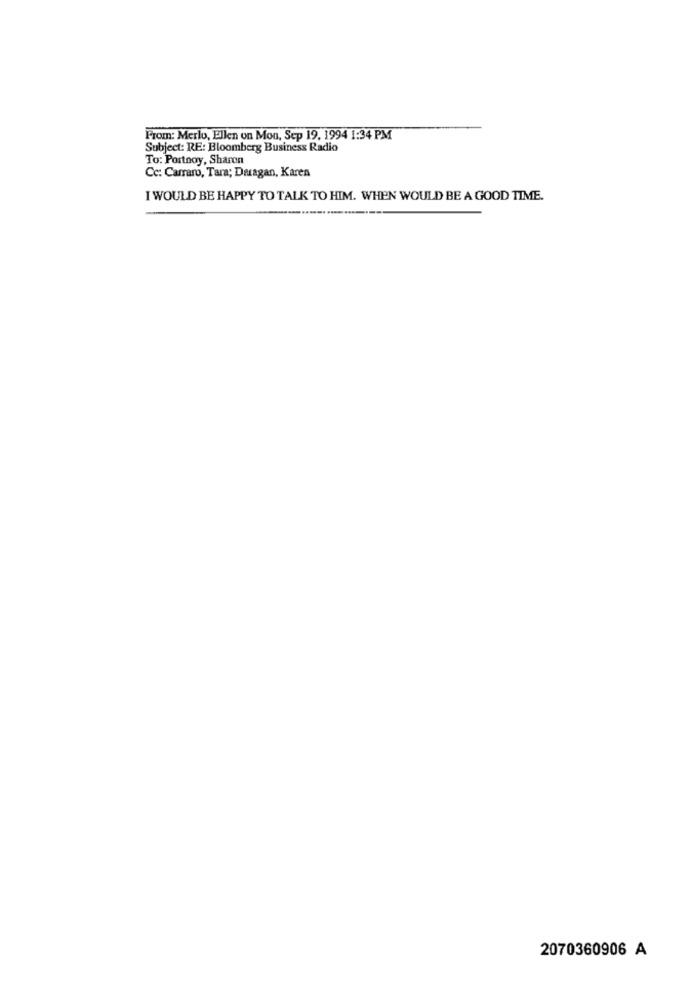
From: Merlo, Ellen on Mou, Sep 19. 1994 1:34 PM
Subject: RE: Bloomberg Business Radio
To: Portnoy, Sharon
Cc: Carraro, Tara; Dragan, Karen
I WOULD BE HAPPY TO TALK TO HIM. WHEN WOULD BE A GOOD TIME.
2070360906 A